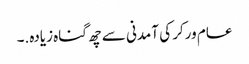
عام ورکر کی آمدنی سے چھ گناہ زیادہ.۔